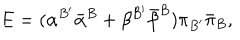
E = ( { \alpha } ^ { B ^ { \prime } } { \bar { \alpha } } ^ { B } + { \beta } ^ { B ^ { \prime } } { \bar { \beta } } ^ { B } ) { \pi } _ { B ^ { \prime } } { \bar { \pi } } _ { B } ,